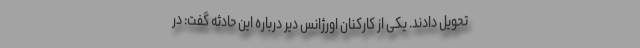
تحویل دادند. یکی از کارکنان اورژانس دیر درباره این حادثه گفت: در